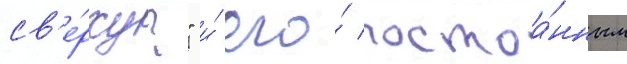
св'е́рху?" и́ его́ постоа́нным